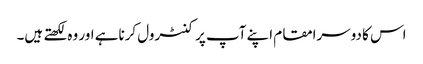
اس کا دوسرامقام اپنے آپ پر کنٹرول کرناہے اور وہ لکھتے ہیں۔